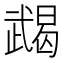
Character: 𢎔